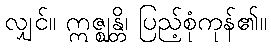
လျှင်။ ဣဇ္ဈန္တိ၊ ပြည့်စုံကုန်၏။